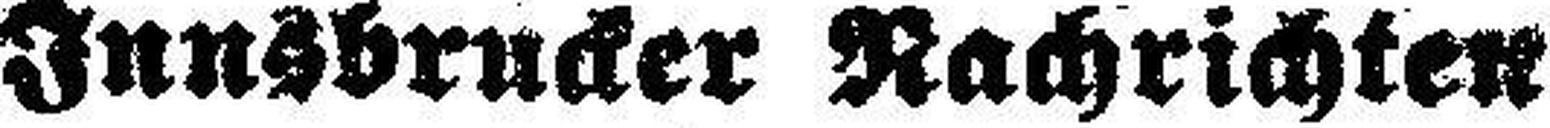
Innsbrucker Nachrichten